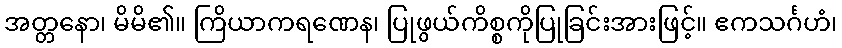
အတ္တနော၊ မိမိ၏။ ကြိယာကရဏေန၊ ပြုဖွယ်ကိစ္စကိုပြုခြင်းအားဖြင့်။ ဧကသင်္ဂဟံ၊